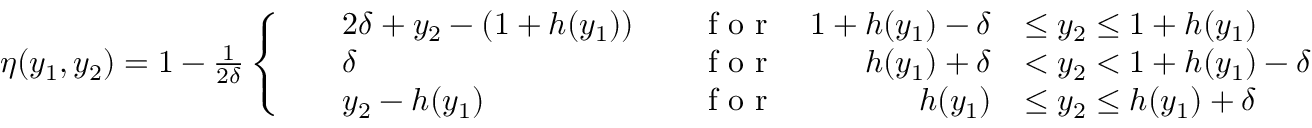
\begin{array} { r } { \eta ( y _ { 1 } , y _ { 2 } ) = 1 - \frac { 1 } { 2 \delta } \left\{ \begin{array} { l l } { \begin{array} { r l r l r l } & { 2 \delta + y _ { 2 } - ( 1 + h ( y _ { 1 } ) ) } & & { \textnormal { f o r } } & { 1 + h ( y _ { 1 } ) - \delta } & { \leq y _ { 2 } \leq 1 + h ( y _ { 1 } ) } \\ & { \delta } & & { \textnormal { f o r } } & { h ( y _ { 1 } ) + \delta } & { < y _ { 2 } < 1 + h ( y _ { 1 } ) - \delta } \\ & { y _ { 2 } - h ( y _ { 1 } ) } & & { \textnormal { f o r } } & { h ( y _ { 1 } ) } & { \leq y _ { 2 } \leq h ( y _ { 1 } ) + \delta } \end{array} } \end{array} \right. } \end{array}